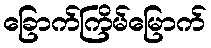
ခြောက်ကြိမ်မြောက်